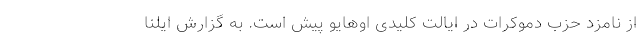
از نامزد حزب دموکرات در ایالت کلیدی اوهایو پیش است. به گزارش ایلنا